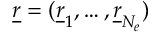
\underline { { r } } = ( \underline { { r } } _ { 1 } , \dots , \underline { { r } } _ { N _ { e } } )